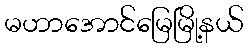
မဟာအောင်မြေမြို့နယ်